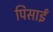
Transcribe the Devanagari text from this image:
पिसाईं